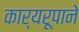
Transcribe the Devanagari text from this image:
कार्यरूपाने